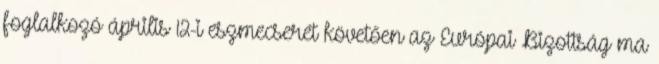
foglalkozó április 12-i eszmecserét követően az Európai Bizottság ma